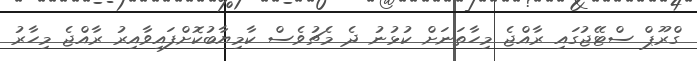
ގްރޫޕް ސްޓޭޖުގައި ރާއްޖެ މިހާތަނަށް ކުޅުނު ދެ މެޗުވެސް ކާމިޔާބުކޮށްފައިވާއިރު ރާއްޖެ މިހާރު